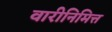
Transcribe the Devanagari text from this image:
वारीनिमित्त